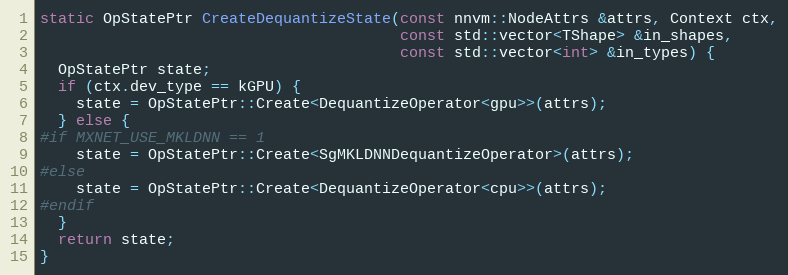
Language: C++
static OpStatePtr CreateDequantizeState(const nnvm::NodeAttrs &attrs, Context ctx,
                                        const std::vector<TShape> &in_shapes,
                                        const std::vector<int> &in_types) {
  OpStatePtr state;
  if (ctx.dev_type == kGPU) {
    state = OpStatePtr::Create<DequantizeOperator<gpu>>(attrs);
  } else {
#if MXNET_USE_MKLDNN == 1
    state = OpStatePtr::Create<SgMKLDNNDequantizeOperator>(attrs);
#else
    state = OpStatePtr::Create<DequantizeOperator<cpu>>(attrs);
#endif
  }
  return state;
}